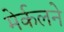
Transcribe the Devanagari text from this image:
मेर्कलने